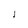
Character: 1